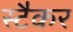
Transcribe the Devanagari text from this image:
स्टैकर